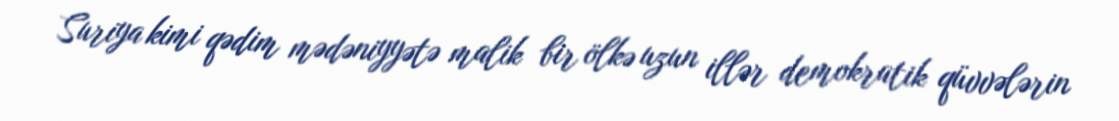
Suriya kimi qədim mədəniyyətə malik bir ölkə uzun illər demokratik qüvvələrin